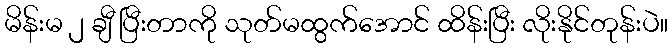
မိန်းမ ၂ ချီ ပြီးတာကို သုတ်မထွက်အောင် ထိန်းပြီး လိုးနိုင်တုန်းပဲ။